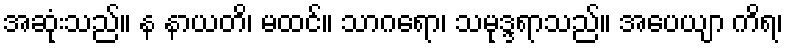
အဆုံးသည်။ န နာယတိ၊ မထင်။ သာဂရော၊ သမုဒ္ဒရာသည်။ အပေယျာ ကိရ၊